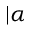
| \alpha \rrangle